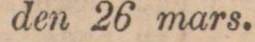
den 26 mars.